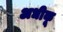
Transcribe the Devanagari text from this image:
अधीकू